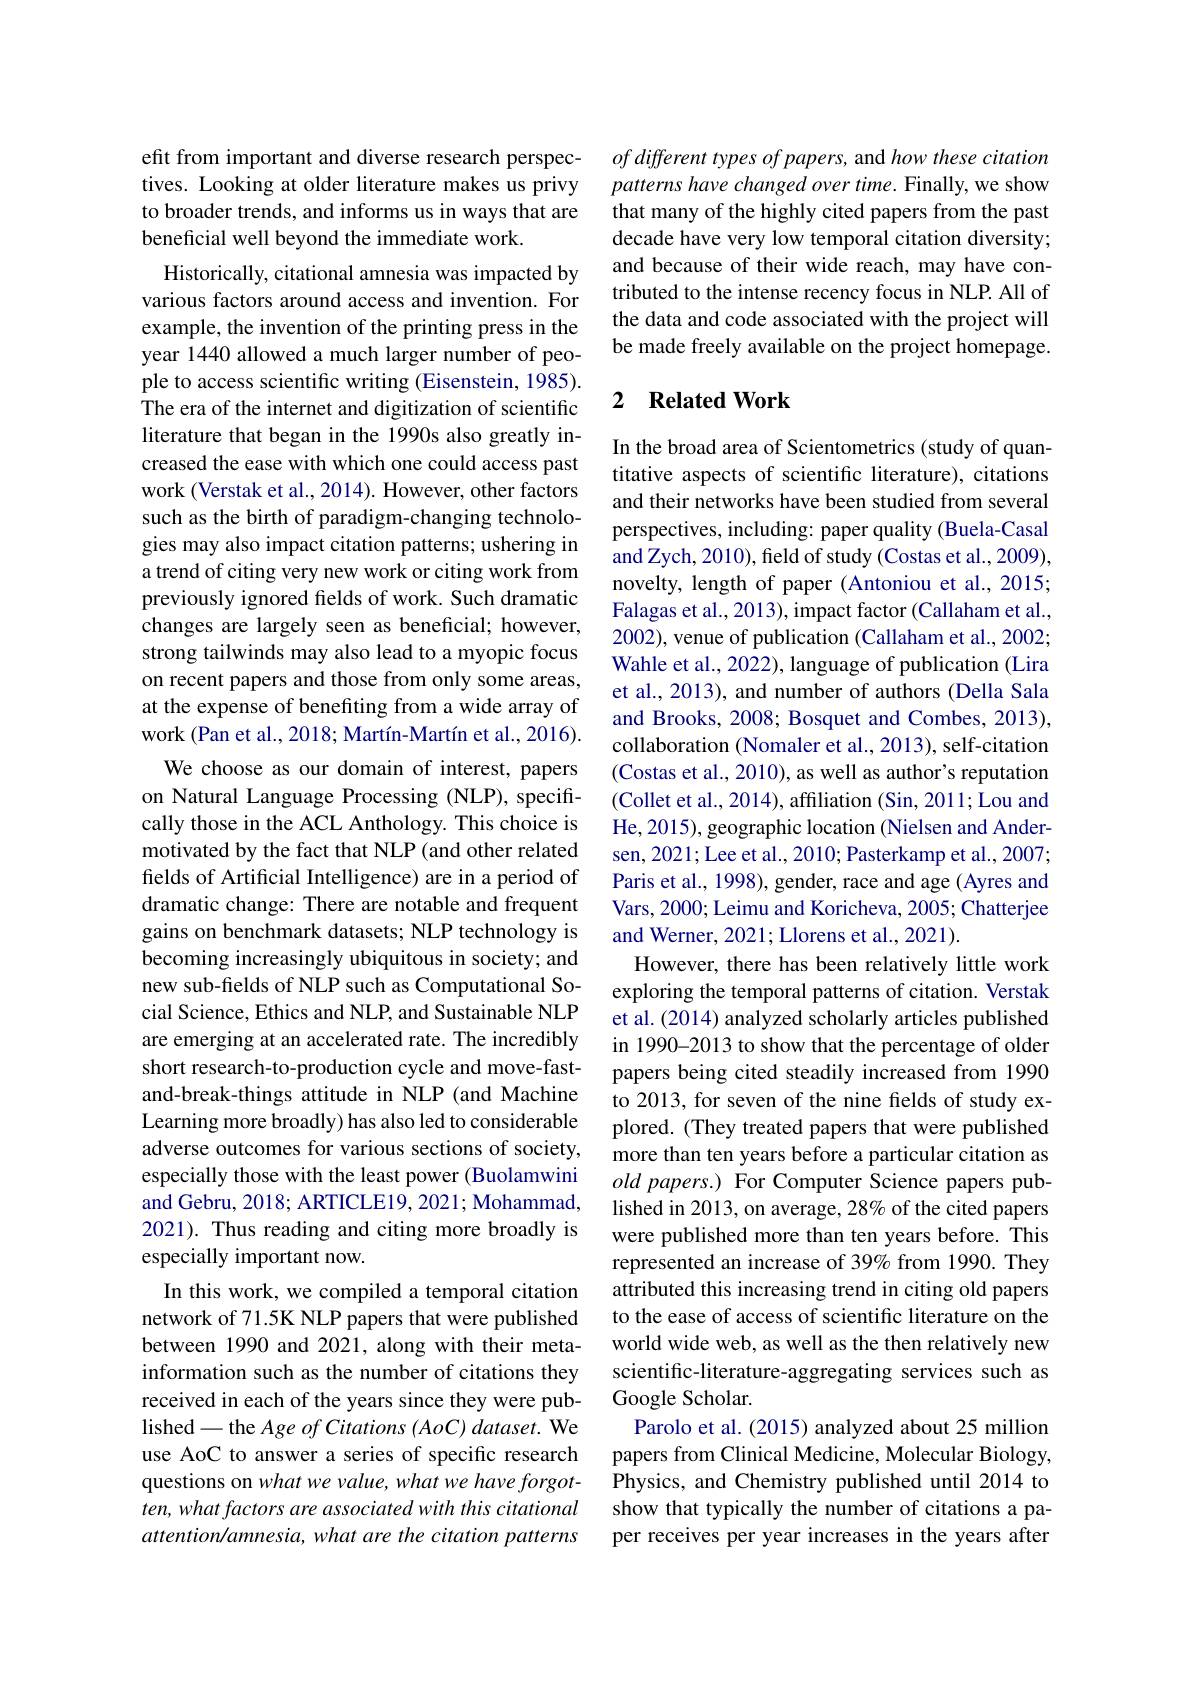
efit from important and diverse research perspectives. Looking at older literature makes us privy to broader trends, and informs us in ways that are beneficial well beyond the immediate work.

Historically, citational amnesia was impacted by various factors around access and invention. For example, the invention of the printing press in the year 1440 allowed a much larger number of people to access scientific writing (Eisenstein, 1985). The era of the internet and digitization of scientific literature that began in the 1990s also greatly increased the ease with which one could access past work (Verstak et al., 2014). However, other factors such as the birth of paradigm-changing technologies may also impact citation patterns; ushering in a trend of citing very new work or citing work from previously ignored felds of work. Such dramatic changes are largely seen as beneficial; however, strong tailwinds may also lead to a myopic focus on recent papers and those from only some areas, at the expense of benefiting from a wide array of work (Pan et al., 2018; Martín-Martín et al., 2016). We choose as our domain of interest, papers on Natural Language Processing (NLP), specifically those in the ACL Anthology. This choice is motivated by the fact that NLP (and other related felds of Artificial Intelligence) are in a period of dramatic change: There are notable and frequent gains on benchmark datasets; NLP technology is becoming increasingly ubiquitous in society; and new sub-fields of NLP such as Computational Social Science, Ethics and NLP, and Sustainable NLP are emerging at an accelerated rate. The incredibly short research-to-production cycle and move-fastand-break-things attitude in NLP (and Machine Learning more broadly) has also led to considerable adverse outcomes for various sections of society, especially those with the least power (Buolamwini and Gebru, 2018; ARTICLE19, 2021; Mohammad, 2021). Thus reading and citing more broadly is especially important now.
In this work, we compiled a temporal citation network of 71.5K NLP papers that were published between 1990 and 2021, along with their metainformation such as the number of citations they received in each of the years since they were published- the Age of Citations (AoC) dataset. We use AoC to answer a series of specific research questions on what we value, what we have forgotten, what factors are associated with this citational attention/ amnesia, what are the citation patterns

of different types of papers, and how these citation patterns have changed over time. Finally, we show that many of the highly cited papers from the past decade have very low temporal citation diversity; and because of their wide reach, may have contributed to the intense recency focus in NLP. All of the data and code associated with the project will be made freely available on the project homepage.

### 2 $\textbf{Related Work}$

In the broad area of Scientometrics (study of quantitative aspects of scientific literature), citations and their networks have been studied from several perspectives, including: paper quality (Buela-Casal and Zych, 2010), field of study (Costas et al., 2009), novelty, length of paper (Antoniou et al., 2015; Falagas et al., 2013), impact factor (Callaham et al., 2002), venue of publication (Callaham et al., 2002; Wahle et al., 2022), language of publication (Lira et al., 2013), and number of authors (Della Sala and Brooks, 2008; Bosquet and Combes, 2013), collaboration (Nomaler et al., 2013), self-citation (Costas et al., 2010), as well as author's reputation (Collet et al., 2014), affiliation (Sin, 2011; Lou and He, 2015), geographic location (Nielsen and Andersen, 2021; Lee et al., 2010; Pasterkamp et al., 2007; Paris et al., 1998), gender, race and age (Ayres and Vars, 2000; Leimu and Koricheva, 2005; Chatterjee and Werner, 2021; Llorens et al., 2021).
However, there has been relatively little work exploring the temporal patterns of citation. Verstak et al. (2014) analyzed scholarly articles published in 1990-2013 to show that the percentage of older papers being cited steadily increased from 1990 to 2013, for seven of the nine fields of study explored. (They treated papers that were published more than ten years before a particular citation as old papers.) For Computer Science papers published in 2013, on average, 28% of the cited papers were published more than ten years before. This represented an increase of 39% from 1990. They attributed this increasing trend in citing old papers to the ease of access of scientific literature on the world wide web, as well as the then relatively new scientific-literature-aggregating services such as Google Scholar.
Parolo et al. (2015) analyzed about 25 million papers from Clinical Medicine, Molecular Biology, Physics, and Chemistry published until 2014 to show that typically the number of citations a paper receives per year increases in the years after